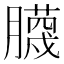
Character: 𮍆